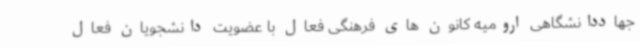
جهاددانشگاهی ارومیه کانون های فرهنگی فعال با عضویت دانشجویان فعال